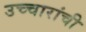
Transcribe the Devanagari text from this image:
उच्चारांची